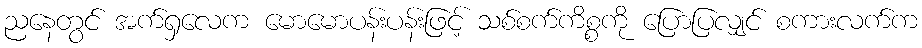
ညနေတွင် အက်ရှလေက မောမောပန်းပန်းဖြင့် သစ်စက်ကိစ္စကို ပြောပြလျှင် စကားလက်က